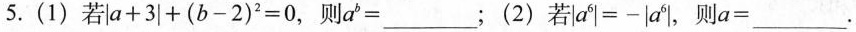
5.(1)若 $$\left | a + 3 \right | + ( b - 2 ) ^ { 2 } = 0$$ ，则 $$a ^ { b } = ___$$ ;(2)若 $$\left | a ^ { 6 } \right | = - \left | a ^ { 6 } \right |$$，则 $$a = ___$$ .